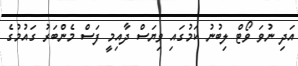
އަދި ނުވަ ވޯޓް ލިބުނު ކަމުގައި ވިޔަސް ދާއިމީ ފަސް މެންބަރު ގައުމުގެ